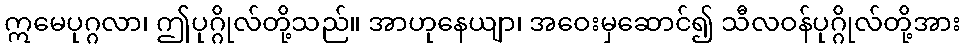
ဣမေပုဂ္ဂလာ၊ ဤပုဂ္ဂိုလ်တို့သည်။ အာဟုနေယျာ၊ အဝေးမှဆောင်၍ သီလဝန်ပုဂ္ဂိုလ်တို့အား